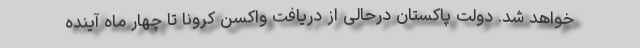
خواهد شد. دولت پاکستان درحالی از دریافت واکسن کرونا تا چهار ماه آینده